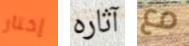
إختار آثاره مع